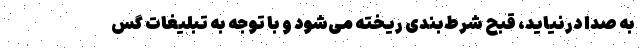
به صدا درنیاید، قبح شرط‌بندی ریخته می‌شود و با توجه به تبلیغات گس